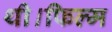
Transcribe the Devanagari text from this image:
थी।फिल्म